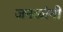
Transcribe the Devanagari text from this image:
जनकांनी